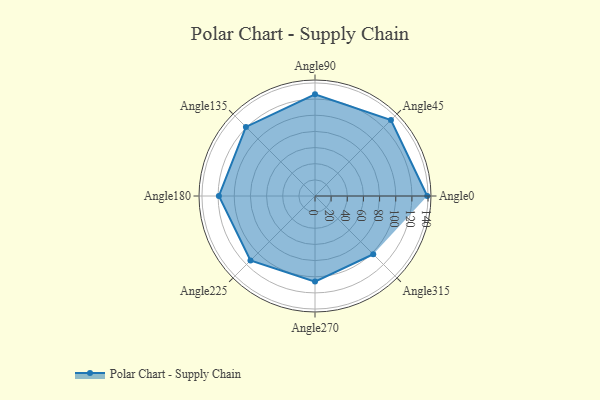
{"axis": {"x": "Angle", "y": "Radius"}, "legend": [""], "data": [{"x": "Angle0", "y": 139.0, "type": ""}, {"x": "Angle45", "y": 133.0, "type": ""}, {"x": "Angle90", "y": 126.0, "type": ""}, {"x": "Angle135", "y": 121.0, "type": ""}, {"x": "Angle180", "y": 119.0, "type": ""}, {"x": "Angle225", "y": 113.0, "type": ""}, {"x": "Angle270", "y": 106.0, "type": ""}, {"x": "Angle315", "y": 102.0, "type": ""}]}